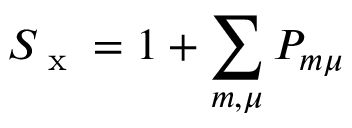
S _ { \textrm { x } } = 1 + \sum _ { m , \mu } P _ { m \mu }